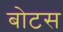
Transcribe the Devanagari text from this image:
बोटस